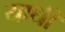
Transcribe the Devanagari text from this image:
याधी